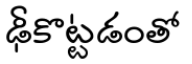
ఢీకొట్టడంతో